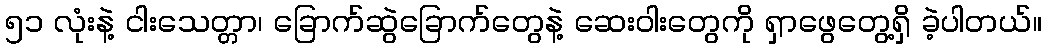
၅၁ လုံးနဲ့ ငါးသေတ္တာ၊ ခြောက်ဆွဲခြောက်တွေနဲ့ ဆေးဝါးတွေကို ရှာဖွေတွေ့ရှိ ခဲ့ပါတယ်။